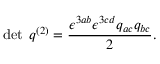
\operatorname* { d e t } \; q ^ { ( 2 ) } = { \frac { \epsilon ^ { 3 a b } \epsilon ^ { 3 c d } q _ { a c } q _ { b c } } { 2 } } .